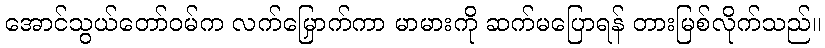
အောင်သွယ်တော်ဝမ်က လက်မြှောက်ကာ မာမားကို ဆက်မပြောရန် တားမြစ်လိုက်သည်။